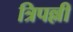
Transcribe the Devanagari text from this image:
त्रिपल्ली